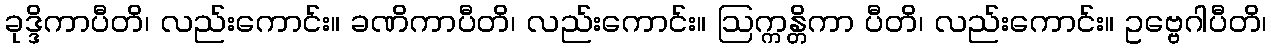
ခုဒ္ဒိကာပီတိ၊ လည်းကောင်း။ ခဏိကာပီတိ၊ လည်းကောင်း။ ဩက္ကန္တိကာ ပီတိ၊ လည်းကောင်း။ ဥဗ္ဗေဂါပီတိ၊